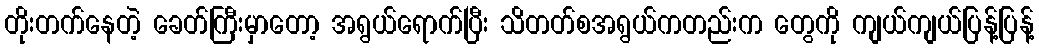
တိုးတက်နေတဲ့ ခေတ်ကြီးမှာတော့ အရွယ်ရောက်ပြီး သိတတ်စအရွယ်ကတည်းက တွေကို ကျယ်ကျယ်ပြန့်ပြန့်